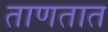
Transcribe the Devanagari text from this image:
ताणतात